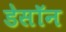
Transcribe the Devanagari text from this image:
डेसॉन